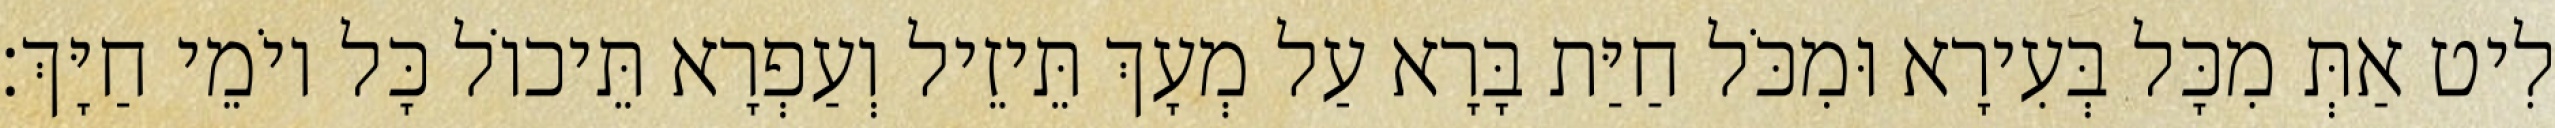
לִיט אַתְּ מִכָּל בְּעִירָא וּמִכֹּל חַיַּת בָּרָא עַל מְעָךְ תֵּיזֵיל וְעַפְרָא תֵּיכוֹל כָּל יוֹמֵי חַיָּךְ׃